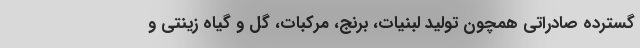
گسترده صادراتی همچون تولید لبنیات، برنج، مرکبات، گل و گیاه زینتی و